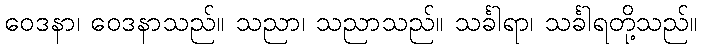
ဝေဒနာ၊ ဝေဒနာသည်။ သညာ၊ သညာသည်။ သင်္ခါရာ၊ သင်္ခါရတို့သည်။